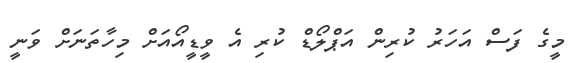
މީގެ ފަސް އަހަރު ކުރިން އަޕްލޯޑް ކުރި އެ ވީޑީއޯއަށް މިހާތަނަށް ވަނީ